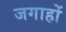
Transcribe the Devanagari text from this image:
जगाहों